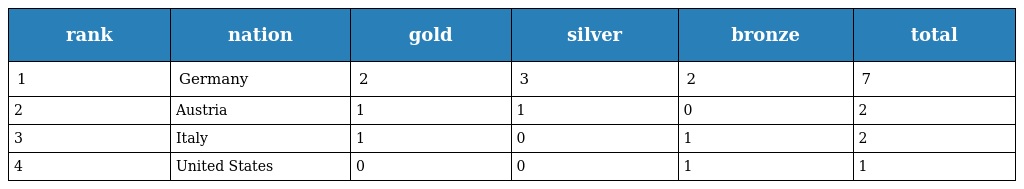
| rank | nation | gold | silver | bronze | total |
 | --- | --- | --- | --- | --- | --- |
 | 1 | Germany | 2 | 3 | 2 | 7 |
 | 2 | Austria | 1 | 1 | 0 | 2 |
 | 3 | Italy | 1 | 0 | 1 | 2 |
 | 4 | United States | 0 | 0 | 1 | 1 |